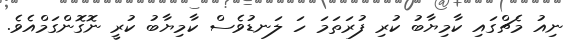
ނިއު މެޗްގައި ކާމިޔާބު ކުރި ފުރަތަމަ ހަ ލަނޑުވެސް ކާމިޔާބު ކުރީ ނޮގޮންގަމްއެވެ.